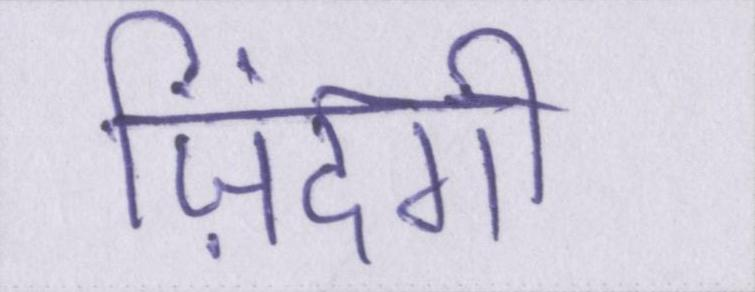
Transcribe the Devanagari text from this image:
ज़िंदगी